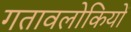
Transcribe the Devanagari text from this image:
गतावलोकियों